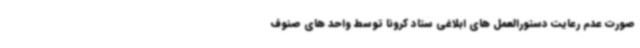
صورت عدم رعایت دستورالعمل های ابلاغی ستاد کرونا توسط واحد های صنوف